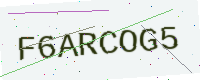
Text: F6ARCOG5